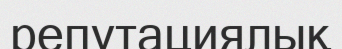
репутациялық